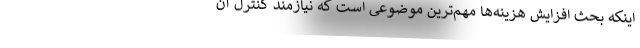
اینکه بحث افزایش هزینه‌ها مهم‌ترین موضوعی است که نیازمند کنترل آن